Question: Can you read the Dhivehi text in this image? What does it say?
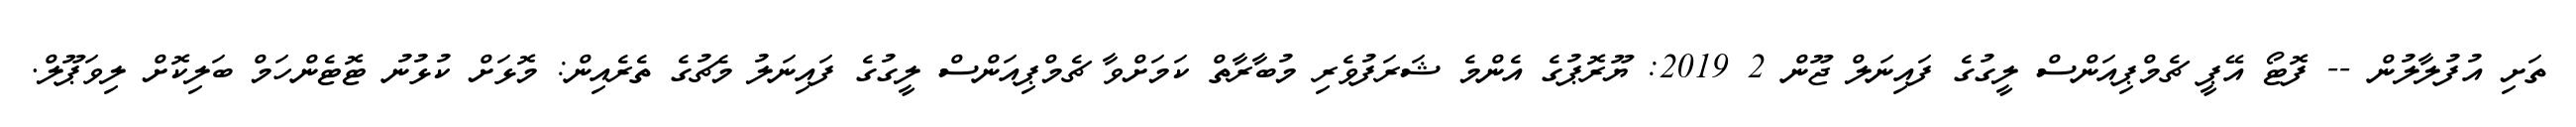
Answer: ތަށި އުފުލާލުން -- ފޮޓޯ އޭޕީ ޗެމްޕިއަންސް ލީގުގެ ފައިނަލް ޖޫން 2 2019: ޔޫރޮޕުގެ އެންމެ ޝަރަފުވެރި މުބާރާތް ކަމަށްވާ ޗެމްޕިއަންސް ލީގުގެ ފައިނަލު މެޗުގެ ތެރެއިން: މޮޅަށް ކުޅުނު ޓޮޓެންހަމް ބަލިކޮށް ލިވަޕޫލް.